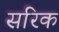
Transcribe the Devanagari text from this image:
सरिक